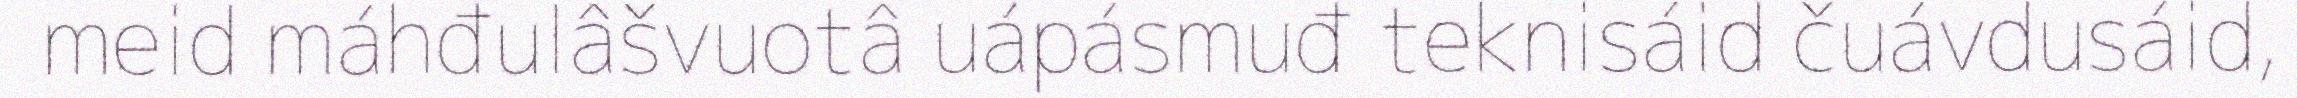
meid máhđulâšvuotâ uápásmuđ teknisáid čuávdusáid,